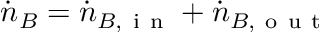
\dot { n } _ { B } = \dot { n } _ { B , \mathrm { ~ i ~ n ~ } } + \dot { n } _ { B , \mathrm { ~ o ~ u ~ t ~ } }